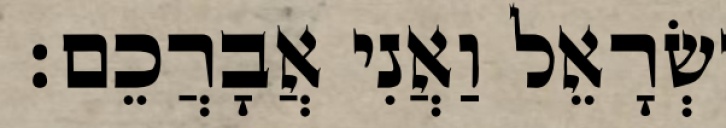
יִשְׂרָאֵל וַאֲנִי אֲבָרֲכֵם׃